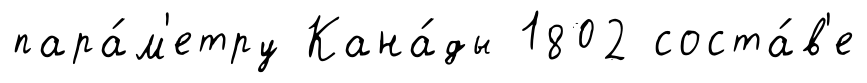
пара́м'етру Кана́ды 1802 соста́в'е